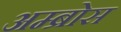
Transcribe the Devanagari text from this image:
अम्ब्रोस